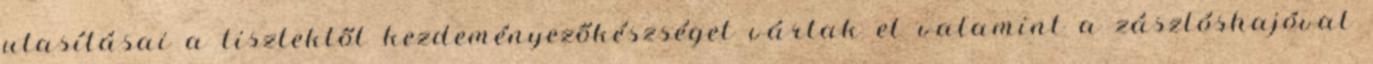
utasításai a tisztektől kezdeményezőkészséget vártak el valamint a zászlóshajóval